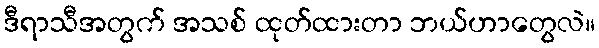
ဒီရာသီအတွက် အသစ် ထုတ်ထားတာ ဘယ်ဟာတွေလဲ။